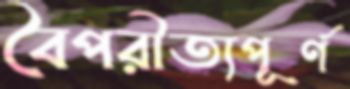
বৈপরীত্যপূর্ণ